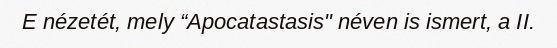
E nézetét, mely “Apocatastasis" néven is ismert, a II.